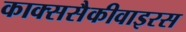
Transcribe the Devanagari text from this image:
काक्ससैकीवाइरस